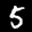
Label: 5